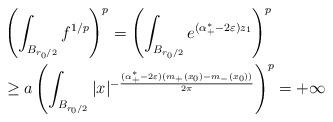
LaTeX: \begin{align*}&\left(\int_{B_{r_0/2}}f^{1/p}\right)^p=\left(\int_{B_{r_0/2}}e^{(\alpha_+^\ast-2\varepsilon)z_1}\right)^p \\ &\geq a\left(\int_{B_{r_0/2}}|x|^{-\frac{(\alpha_+^\ast-2\varepsilon)(m_+(x_0)-m_-(x_0))}{2\pi}}\right)^p=+\infty \end{align*}